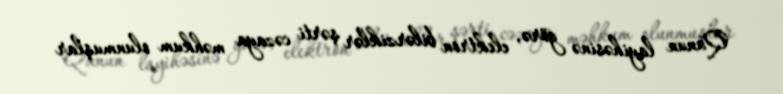
Qanun layihəsinə görə, elektron bilərziklər şərti cəzaya məhkum olunmuşlar